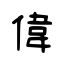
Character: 偉